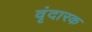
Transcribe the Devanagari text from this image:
वृंदारक